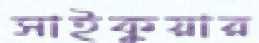
সাইকুয়ার